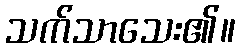
သက်သာသေး၏။